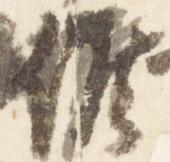
候